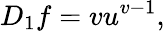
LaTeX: D_{1}f=vu^{v-1},